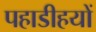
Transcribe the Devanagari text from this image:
पहाडीहयों